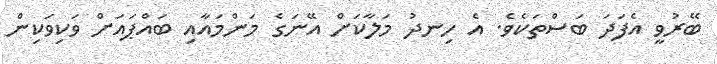
ބޭރުވީ އެފަދަ ބަސްތަކެވެ. އެ ހިނދު މަލާކަށް އޭނަގެ މަންމައާއި ބައްޕައަށް ވަކިވަކިން